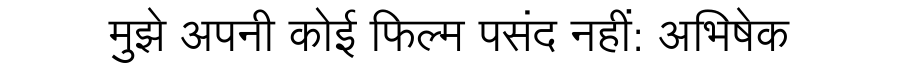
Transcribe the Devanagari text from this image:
मुझे अपनी कोई फिल्म पसंद नहीं: अभिषेक